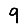
Digit: 9